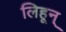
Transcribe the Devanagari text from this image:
लिहून्